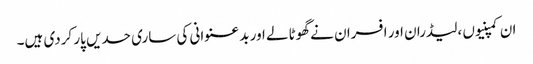
ان کمپنیوں ،لیڈران اور افسران نے گھوٹالے اور بد عنوانی کی ساری حدیں پار کردی ہیں۔